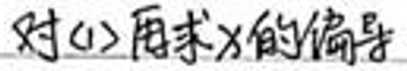
对(1)再求\(x\)的导数